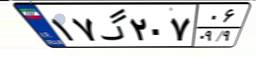
۳۲گ۲۴۷۳۸